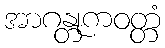
အာဂန္တုကဝတ္တံ